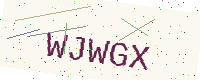
Text: WJWGX